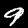
Label: 9